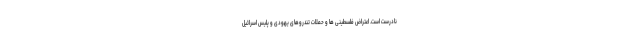
نادرست است. اعتراض فلسطینی ها و حملات تندروهای یهودی و پلیس اسرائیل